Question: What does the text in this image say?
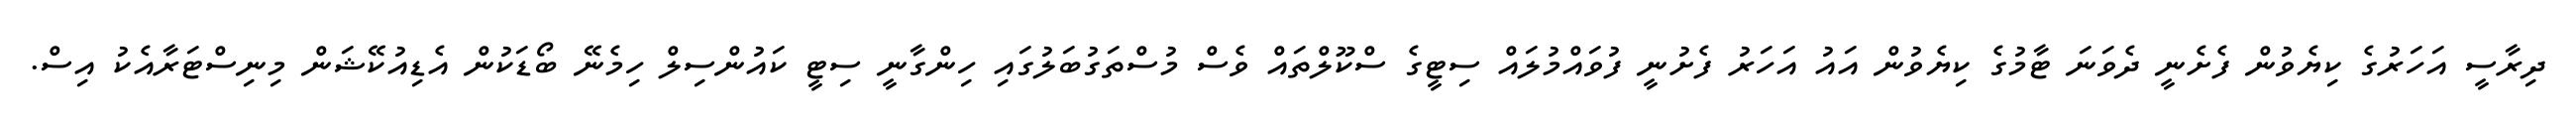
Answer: ދިރާސީ އަހަރުގެ ކިޔެވުން ފެށެނީ ދެވަނަ ޓާމުގެ ކިޔެވުން އައު އަހަރު ފެށުނީ ފުވައްމުލައް ސިޓީގެ ސްކޫލްތައް ވެސް މުސްތަގުބަލުގައި ހިންގާނީ ސިޓީ ކައުންސިލް ހިމެނޭ ބޯޑަކުން އެޑިއުކޭޝަން މިނިސްޓަރާއެކު އިސް.